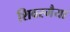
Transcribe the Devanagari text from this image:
शिवरमैया